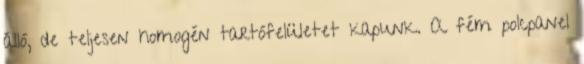
álló, de teljesen homogén tartófelületet kapunk. A fém polcpanel